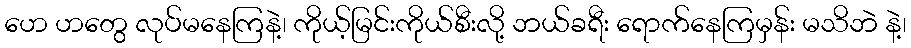
ဟေ ဟတွေ လုပ်မနေကြနဲ့၊ ကိုယ့်မြင်းကိုယ်စီးလို့ ဘယ်ခရီး ရောက်နေကြမှန်း မသိဘဲ နဲ့၊